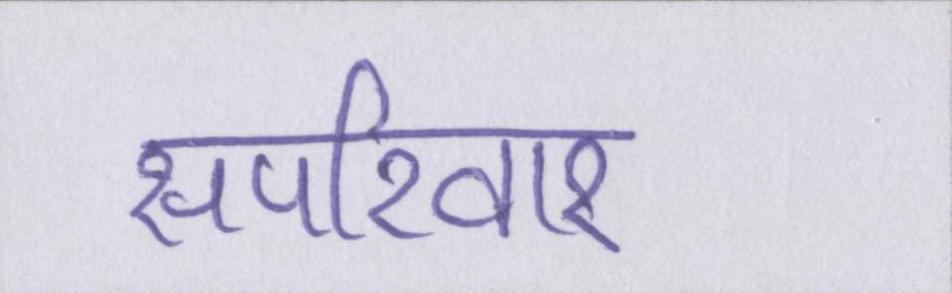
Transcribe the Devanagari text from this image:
सपरिवार